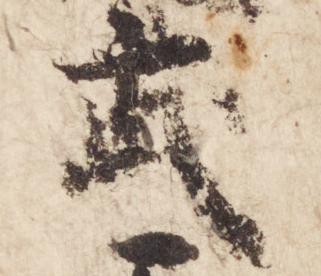
武